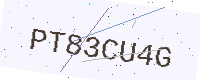
Text: PT83CU4G